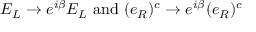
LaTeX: E _ { L } \to e ^ { i \beta } E _ { L } { \mathrm { ~ a n d ~ } } ( e _ { R } ) ^ { c } \to e ^ { i \beta } ( e _ { R } ) ^ { c }